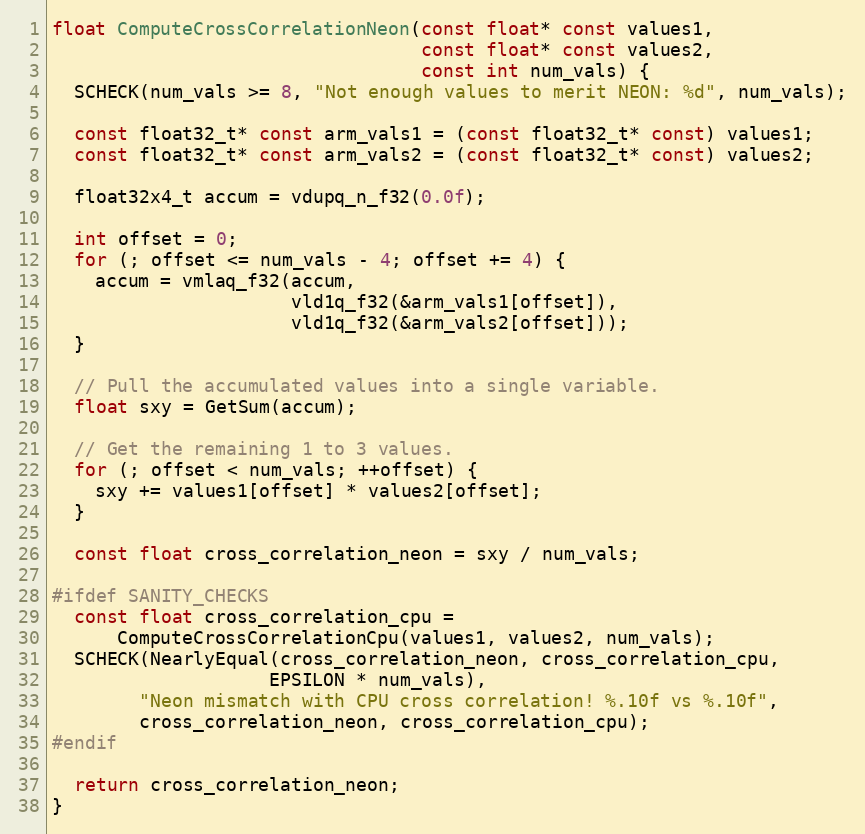
Language: C++
float ComputeCrossCorrelationNeon(const float* const values1,
                                  const float* const values2,
                                  const int num_vals) {
  SCHECK(num_vals >= 8, "Not enough values to merit NEON: %d", num_vals);

  const float32_t* const arm_vals1 = (const float32_t* const) values1;
  const float32_t* const arm_vals2 = (const float32_t* const) values2;

  float32x4_t accum = vdupq_n_f32(0.0f);

  int offset = 0;
  for (; offset <= num_vals - 4; offset += 4) {
    accum = vmlaq_f32(accum,
                      vld1q_f32(&arm_vals1[offset]),
                      vld1q_f32(&arm_vals2[offset]));
  }

  // Pull the accumulated values into a single variable.
  float sxy = GetSum(accum);

  // Get the remaining 1 to 3 values.
  for (; offset < num_vals; ++offset) {
    sxy += values1[offset] * values2[offset];
  }

  const float cross_correlation_neon = sxy / num_vals;

#ifdef SANITY_CHECKS
  const float cross_correlation_cpu =
      ComputeCrossCorrelationCpu(values1, values2, num_vals);
  SCHECK(NearlyEqual(cross_correlation_neon, cross_correlation_cpu,
                    EPSILON * num_vals),
        "Neon mismatch with CPU cross correlation! %.10f vs %.10f",
        cross_correlation_neon, cross_correlation_cpu);
#endif

  return cross_correlation_neon;
}